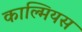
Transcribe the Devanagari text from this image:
काल्मियस